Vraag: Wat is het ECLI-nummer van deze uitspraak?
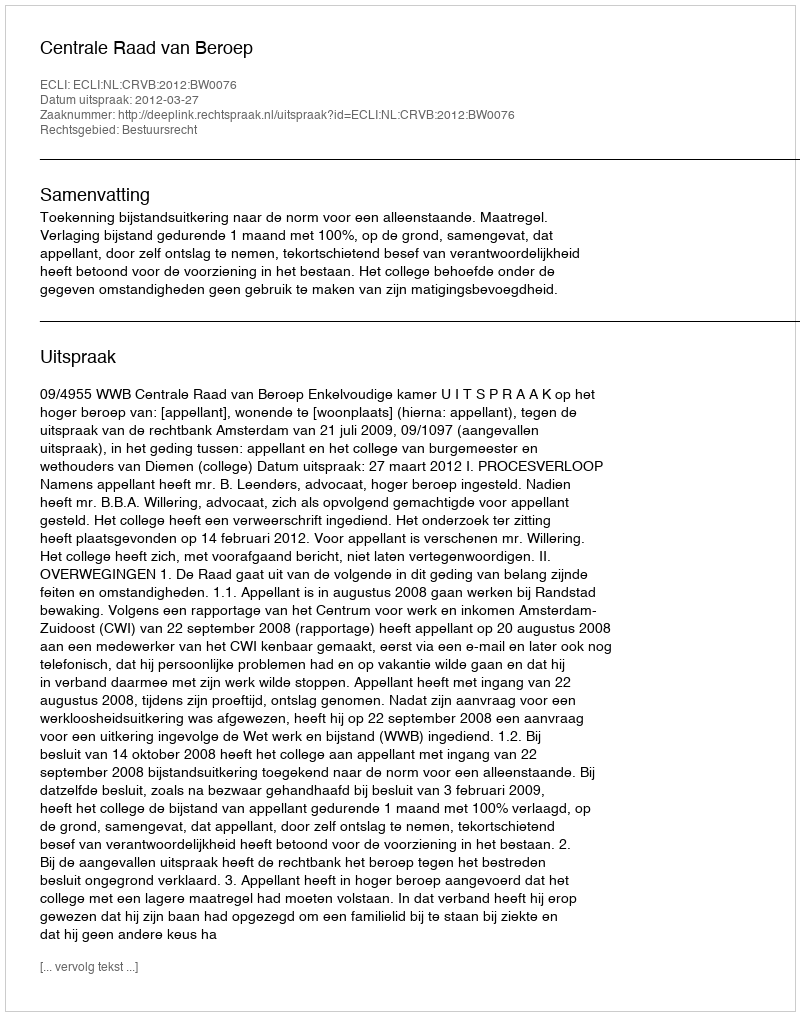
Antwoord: ECLI:NL:CRVB:2012:BW0076